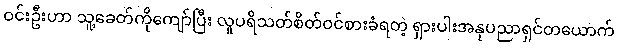
ဝင်းဦးဟာ သူ့ခေတ်ကိုကျော်ပြီး လူပရိသတ်စိတ်ဝင်စားခံရတဲ့ ရှားပါးအနုပညာရှင်တယောက်